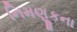
નિમણૂકના